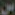
س